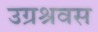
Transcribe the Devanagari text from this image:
उग्रश्रवस